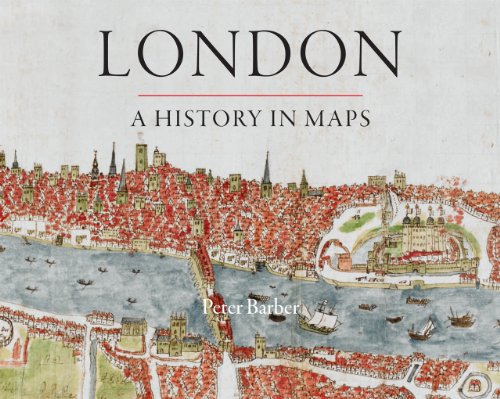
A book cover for London: A History in Maps (London Topographical Society Publication); Peter Barber; Science & Math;